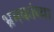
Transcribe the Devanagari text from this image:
भ्रमकांच्या